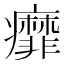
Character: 𬏿